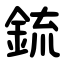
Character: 鋶